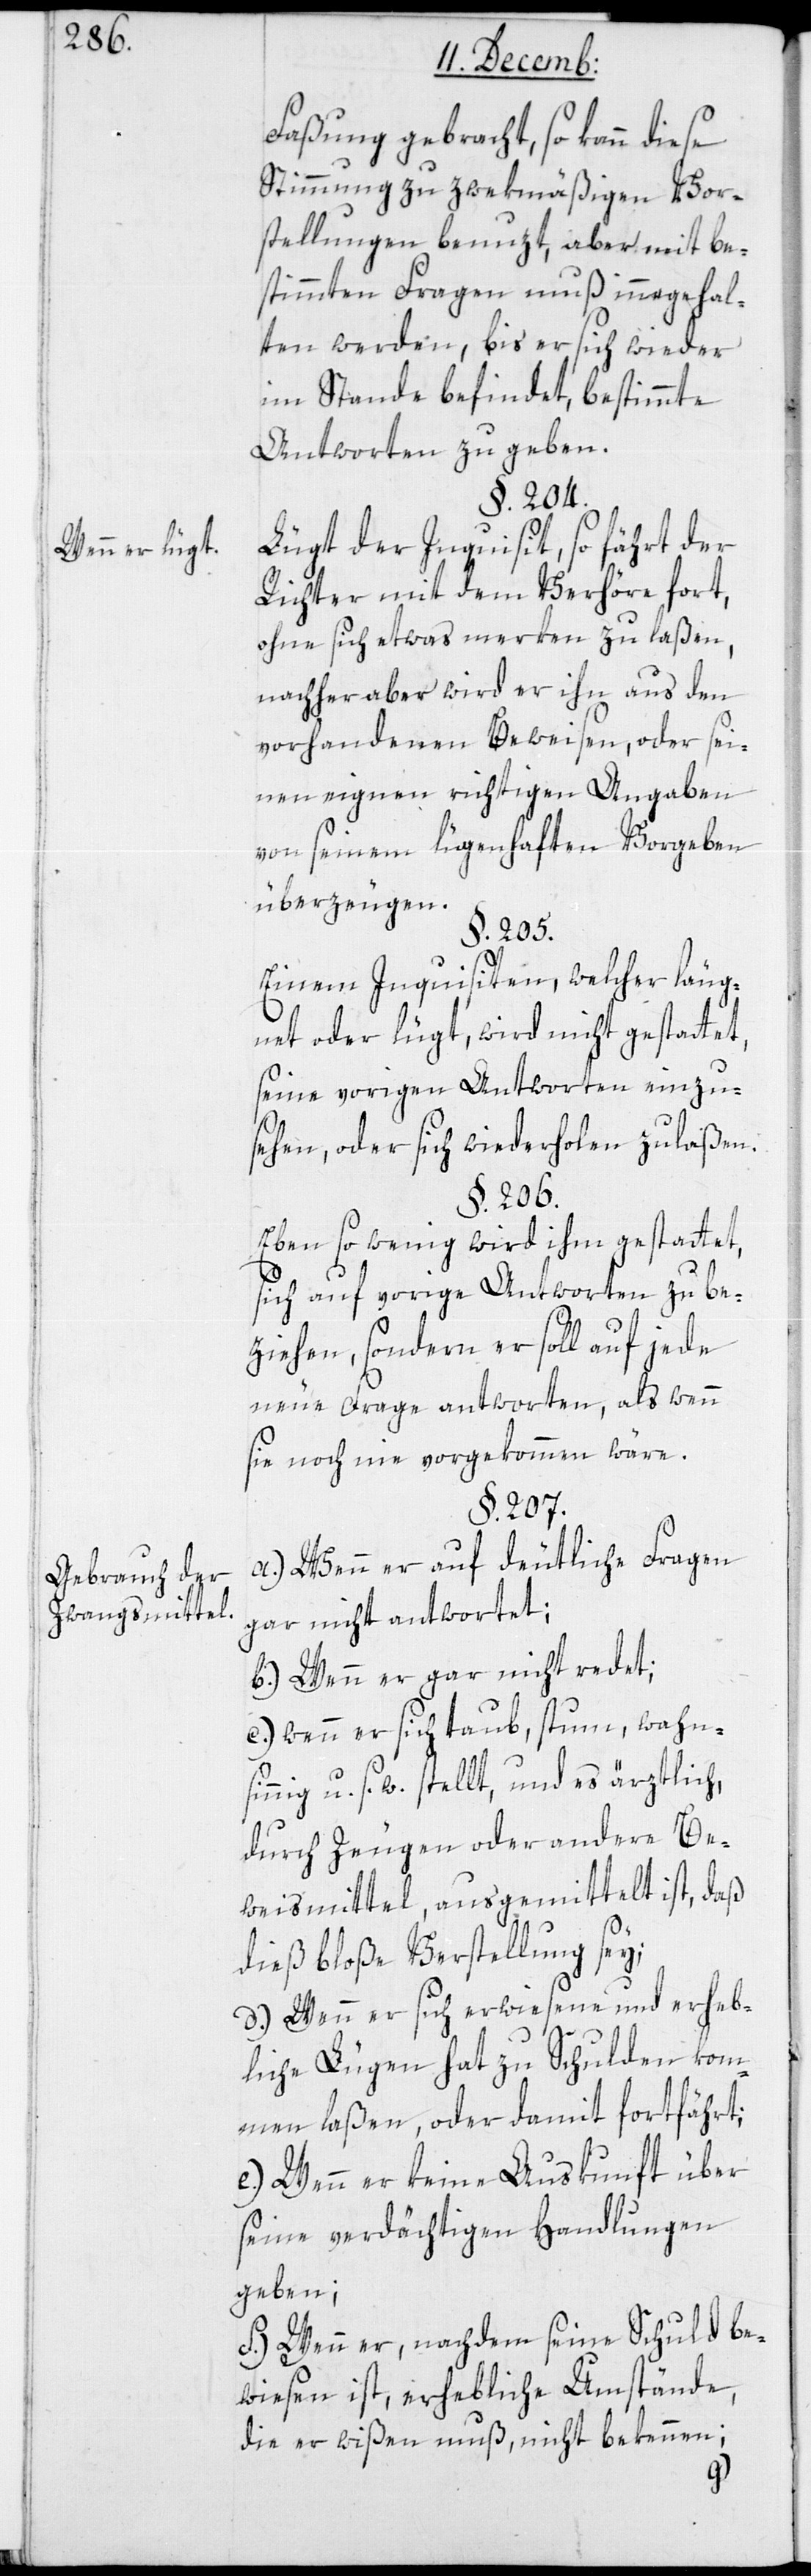
Wenn er lügt.
Gebrauch der
Zwangsmittel.

Faßung gebracht, so kann diese
Stimmung zu zwekmäßigen Vor¬
stellungen benuzt, aber mit be¬
stimmten Fragen muß innegehal¬
ten werden, bis er sich wieder
im Stande befindet, bestimmte
Antworten zu geben.
§. 204.
Lügt der Inquisit, so fährt der
Richter mit dem Verhöre fort,
ohne sich etwas merken zu laßen,
nachher aber wird er ihn aus den
vorhandenen Beweisen, oder sei¬
nen eignen richtigen Angaben
von seinem lügenhaften Vorgeben
überzeugen.
§. 205.
Einem Inquisiten, welcher läug¬
net oder lügt, wird nicht gestattet,
seine vorigen Antworten einzu¬
sehen oder sich wiederholen zu laßen.
§. 206.
Eben so wenig wird ihm gestattet,
sich auf vorige Antworten zu be¬
ziehen, sondern er soll auf jede
neue Frage antworten, als wenn
sie noch nie vorgekommen wäre.
§. 207.
a.) Wenn er auf deutliche Fragen
gar nicht antwortet;
b.) wenn er gar nicht redet;
c.) wenn er sich taub, stumm, wahnsi¬
nnig u. s. w. stellt, und es ärztlich,
durch Zeugen oder andere Be¬
weismittel ausgemittelt ist, daß
dieß bloße Verstellung sei;
d.) wenn er sich erwiesene und erheb¬
liche Lügen hat zu Schulden kom¬
men laßen, oder damit fortfährt;
e.) wenn er keine Auskunft über
seine verdächtigen Handlungen
geben;
f.) wenn er, nachdem seine Schuld be¬
wiesen ist, erhebliche Umstände
die er wißen muß, nicht bekennen;